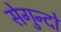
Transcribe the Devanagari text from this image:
सेगुन्दो